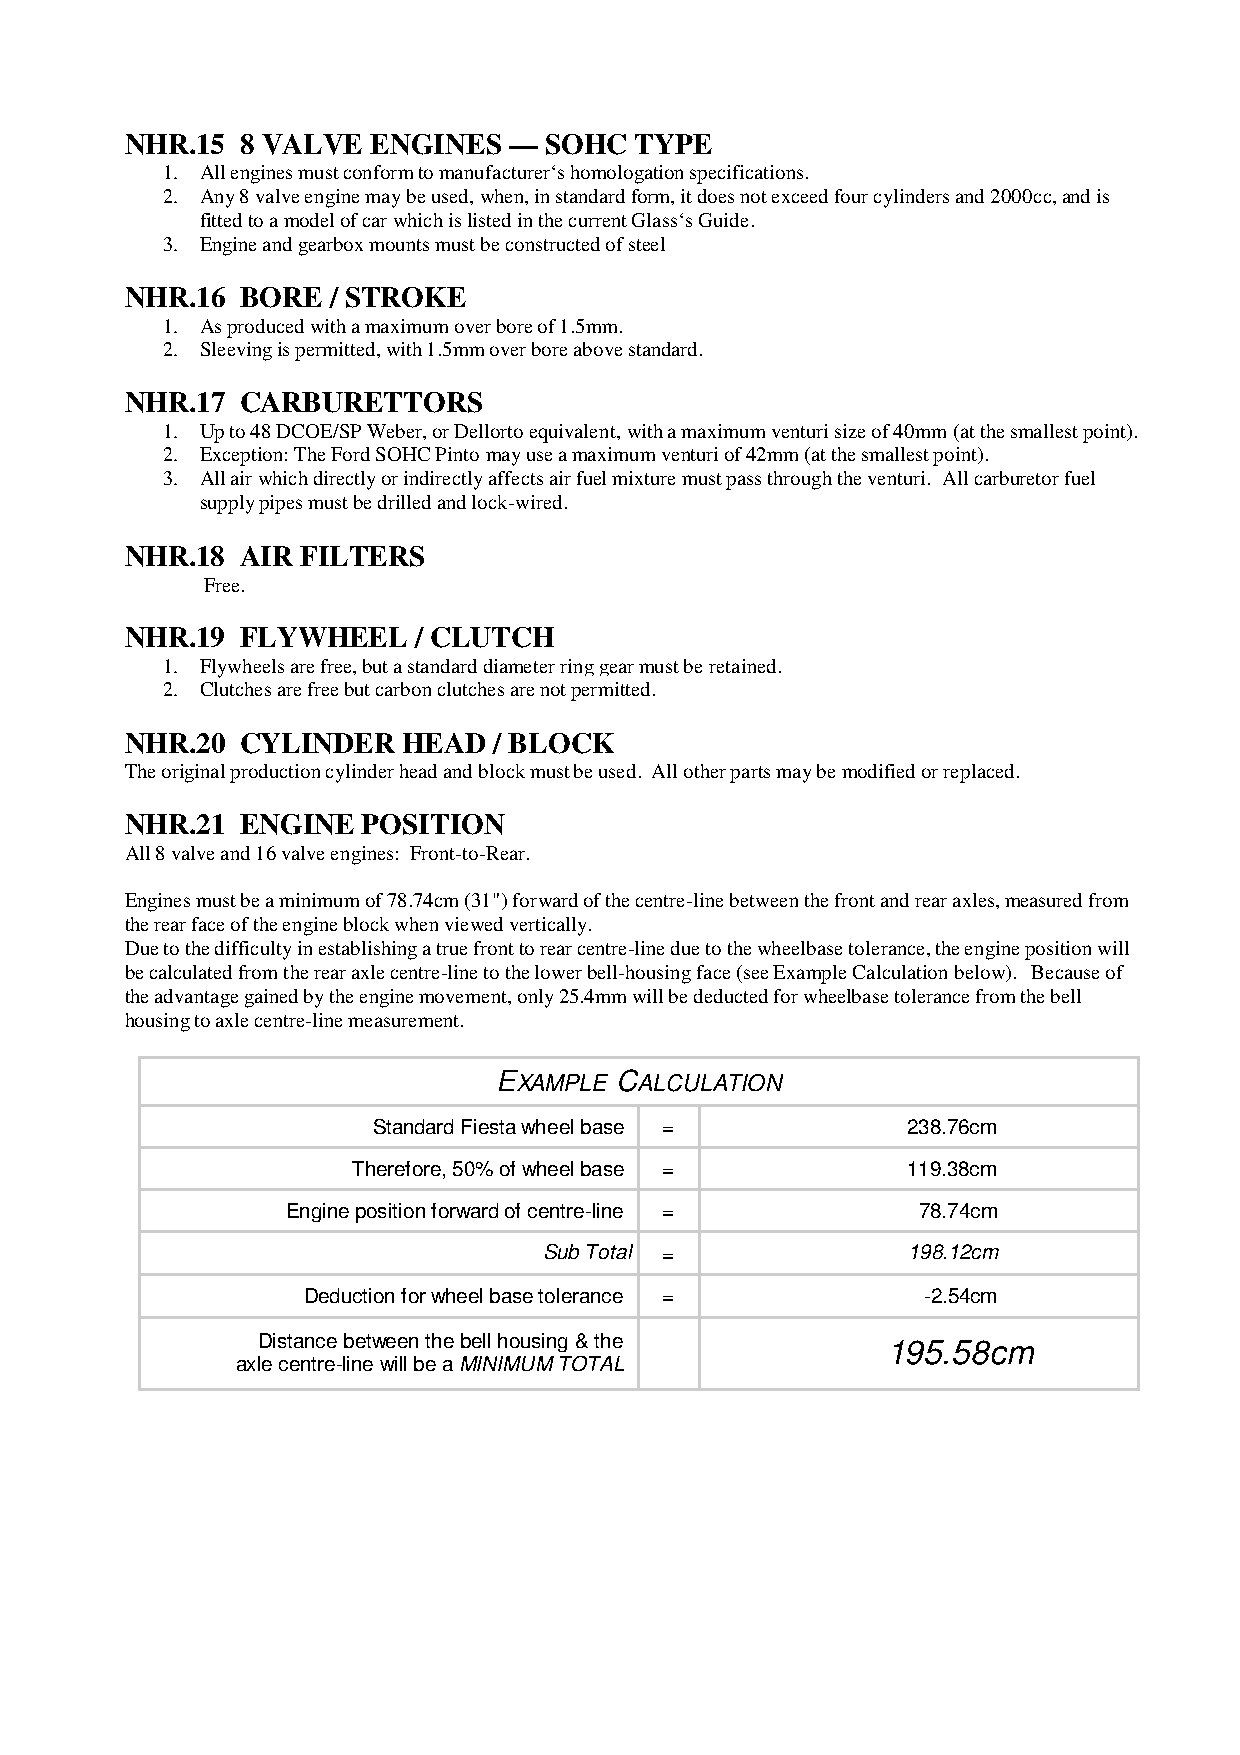
NHR.15  8 VALVE  ENGINES  — SOHC  TYPE
 1. All engines must conform to manufacturer‘s homologation specifications.
 2. Any 8 valve engine may be used, when, in standard form, it does not exceed four cylinders and 2000cc, and is
 fitted to a model of car which is listed in the current Glass‘s Guide.
 3. Engine and gearbox mounts must be constructed of steel
 NHR.16  BORE  / STROKE
 1. As produced with a maximum over bore of 1.5mm.
 2. Sleeving is permitted, with 1.5mm over bore above standard.
 NHR.17  CARBURETTORS
 1. Up to 48 DCOE/SP Weber, or Dellorto equivalent, with a maximum venturi size of 40mm (at the smallest point).
 2. Exception: The Ford SOHC Pinto may use a maximum venturi of 42mm (at the smallest point).
 3. All air which directly or indirectly affects air fuel mixture must pass through the venturi. All carburetor fuel
 supply pipes must be drilled and lock-wired.
 NHR.18  AIR FILTERS
 Free.
 NHR.19  FLYWHEEL    / CLUTCH
 1. Flywheels are free, but a standard diameter ring gear must be retained.
 2. Clutches are free but carbon clutches are not permitted.
 NHR.20  CYLINDER   HEAD  / BLOCK
 The original production cylinder head and block must be used. All other parts may be modified or replaced.
 NHR.21  ENGINE  POSITION
 All 8 valve and 16 valve engines: Front-to-Rear.
 Engines must be a minimum of 78.74cm (31") forward of the centre-line between the front and rear axles, measured from
 the rear face of the engine block when viewed vertically.
 Due to the difficulty in establishing a true front to rear centre-line due to the wheelbase tolerance, the engine position will
 be calculated from the rear axle centre-line to the lower bell-housing face (see Example Calculation below). Because of
 the advantage gained by the engine movement, only 25.4mm will be deducted for wheelbase tolerance from the bell
 housing to axle centre-line measurement.
 EXAMPLE CALCULATION
 Standard Fiesta wheel base =       238.76cm
 Therefore, 50% of wheel base =       119.38cm
 Engine position forward of centre-line =  78.74cm
 Sub Total =             198.12cm
 Deduction for wheel base tolerance =     -2.54cm
 Distance between the bell housing & the   195.58cm
 axle centre-line will be a MINIMUM TOTAL